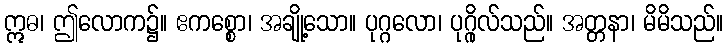
ဣဓ၊ ဤလောက၌။ ဧကစ္စော၊ အချို့သော။ ပုဂ္ဂလော၊ ပုဂ္ဂိုလ်သည်။ အတ္တနာ၊ မိမိသည်။